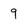
Character: 9